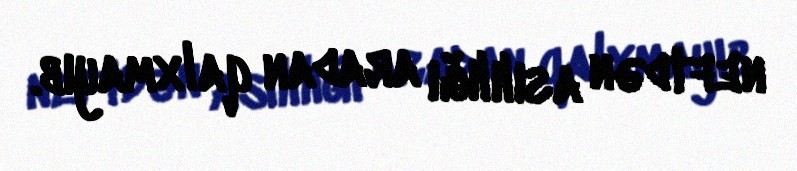
neftdən asılılığı aradan qalxmayıb.